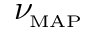
\ensuremath { \ensuremath { \boldsymbol \nu } _ { \! \mathrm { { \scriptscriptstyle M A P } } } }